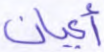
أعيان